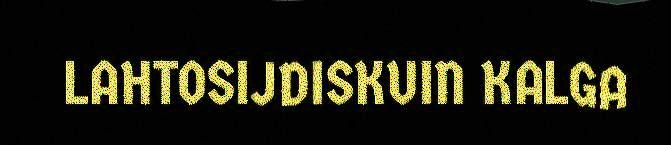
LAHTOSIJDISKUIN KALGA